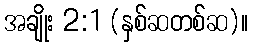
အချိုး 2:1 (နှစ်ဆတစ်ဆ)။